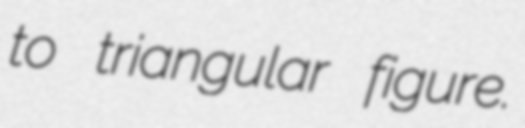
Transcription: to triangular figure.